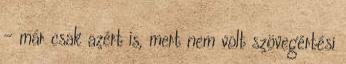
– már csak azért is, mert nem volt szövegértési